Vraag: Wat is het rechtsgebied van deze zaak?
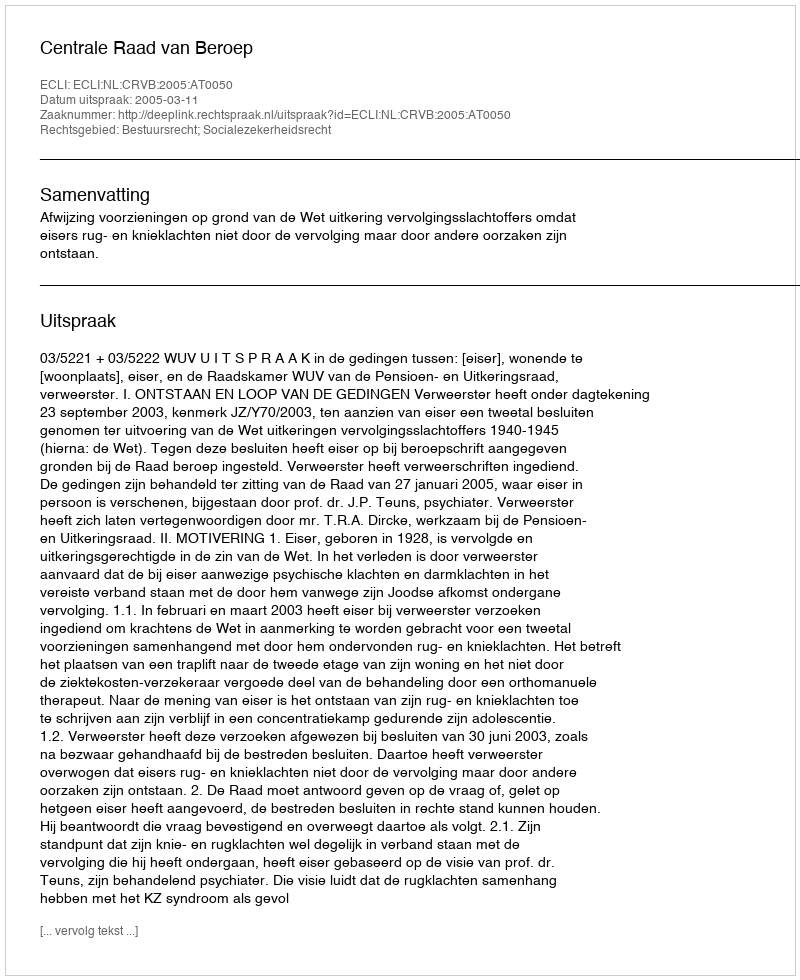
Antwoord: Bestuursrecht; Socialezekerheidsrecht